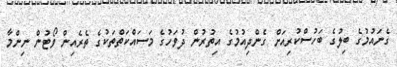
ގެނައުމުގެ ބިލުގެ ބަހުސްކުރިއަށް ގެންދިއުމުގެ އިތުރުން ދުވަހުގެ މަސައްކަތްތަކުގެ ތެރެއިން ވޯޓުން ނިންމާ